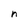
Character: n